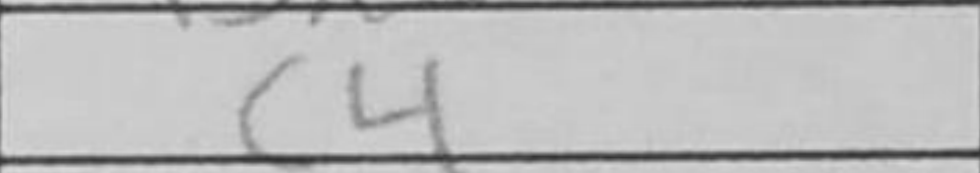
Transcription: c4